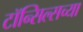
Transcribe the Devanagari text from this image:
टॉन्सिल्सच्या